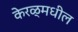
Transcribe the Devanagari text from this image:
केरळ्मधील